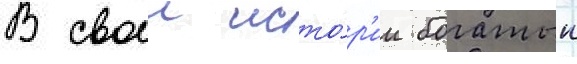
В своеи исто́р'ии богатыи